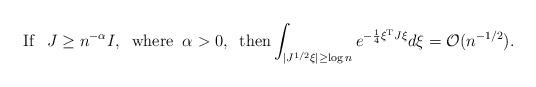
LaTeX: \begin{align*}\textrm{If }\;\,J\geq n^{-\alpha}I,\;\; \textrm{where} \;\; \alpha >0,\;\;\textrm{then}\int_{|J^{1/2}\xi|\geq\log n}e^{-\frac{1}{4}\xi^{\rm T}J\xi}d\xi =\mathcal{O}(n^{-1/2}).\end{align*}